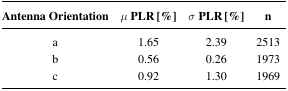
| Antenna Orientation | μPLR [%] | σPLR [%] | n |
 | --- | --- | --- | --- |
 | a | 1.65 | 2.39 | 2513 |
 | b | 0.56 | 0.26 | 1973 |
 | c | 0.92 | 1.30 | 1969 |